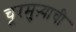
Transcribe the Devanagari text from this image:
चूरमुऱ्याची